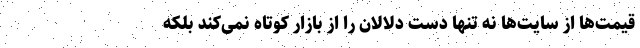
قیمت‌ها از سایت‌ها نه تنها دست دلالان را از بازار کوتاه نمی‌کند بلکه